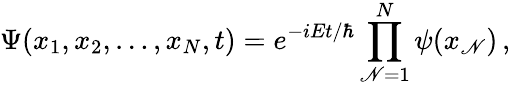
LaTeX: \Psi(x_{1},x_{2},\ldots,x_{N},t)=e^{-i{Et/\hbar}}\prod_{\mathscr{N}=1}^{N}\psi(x_{\mathscr{N}})\, ,